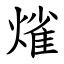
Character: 熦